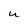
Character: U